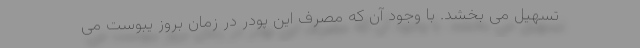
تسهیل می بخشد. با وجود آن که مصرف این پودر در زمان بروز یبوست می‌